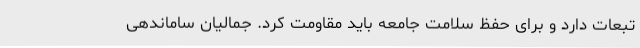
تبعات دارد و برای حفظ سلامت جامعه باید مقاومت کرد. جمالیان ساماندهی